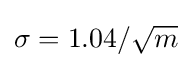
{\textstyle \sigma =1.04/{\sqrt {m}}}